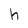
Character: h